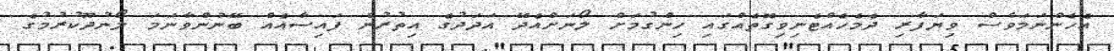
އެހެންނަމަވެސް ވިޔަފާރި ދެމެހެއްޓެނިވިގޮތެއްގައި ހިންގުމަށް ލޯނަށްއެދޭ އަދަދުގެ އިތުރުން ފައިސާއެއް ބޭނުންވާނަމަ ލޯނުދޫކުރުމުގެ